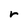
Character: r